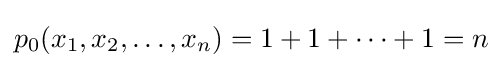
p_{0}(x_{1},x_{2},\dots ,x_{n})=1+1+\cdots +1=n